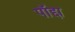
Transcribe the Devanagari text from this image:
पॉद्दा